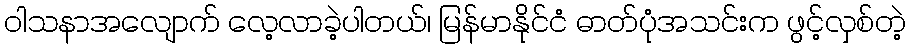
ဝါသနာအလျောက် လေ့လာခဲ့ပါတယ်၊ မြန်မာနိုင်ငံ ဓာတ်ပုံအသင်းက ဖွင့်လှစ်တဲ့